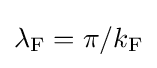
\lambda _{\rm {F}}=\pi /k_{\rm {F}}